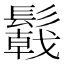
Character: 𩯋